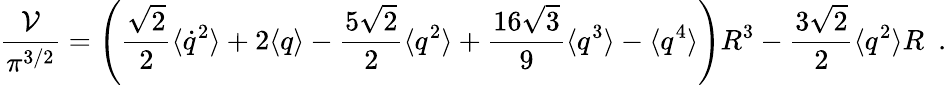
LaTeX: {\frac{{\cal V}}{\pi^{3/2}}}=\left({\frac{\sqrt{2}}{2}}\langle\dot{q}^{2}\rangle+2\langle q\rangle-{\frac{5\sqrt{2}}{2}}\langle q^{2}\rangle+{\frac{16\sqrt{3}}{9}}\langle q^{3}\rangle-\langle q^{4}\rangle\right)R^{3}-{\frac{3\sqrt{2}}{2}}\langle q^{2}\rangle R~~.